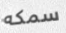
سمكه